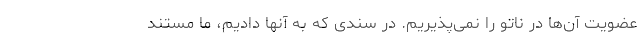
عضویت آن‌ها در ناتو را نمی‌پذیریم. در سندی که به آنها دادیم، ما مستند